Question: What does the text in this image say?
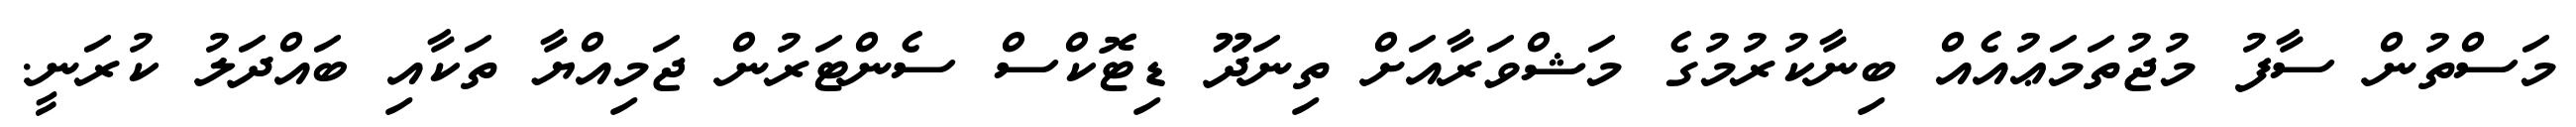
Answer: މަސްތުން ސާފު މުޖުތަމަޢުއެއް ބިނާކުރުމުގެ މަޝްވަރާއަށް ތިނަދޫ ޑިޓޮކްސް ސެންޓަރުން ޖަމިއްޔާ ތަކާއި ބައްދަލު ކުރަނީ.